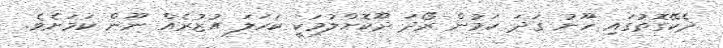
ދެކޭގޮތުގައި ހޫނު ގަދަ ކަމުން ރޯދަ ދޫކޮށްލުމަކީ ކަހަލަ އުޒުރެއް ނޫން ކަމަށެވެ.